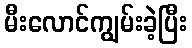
မီးလောင်ကျွမ်းခဲ့ပြီး